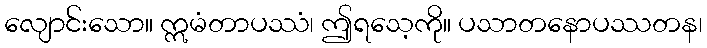
လျောင်းသော။ ဣမံတာပဿံ၊ ဤရသေ့ကို။ ပသာတနောပဿတန၊